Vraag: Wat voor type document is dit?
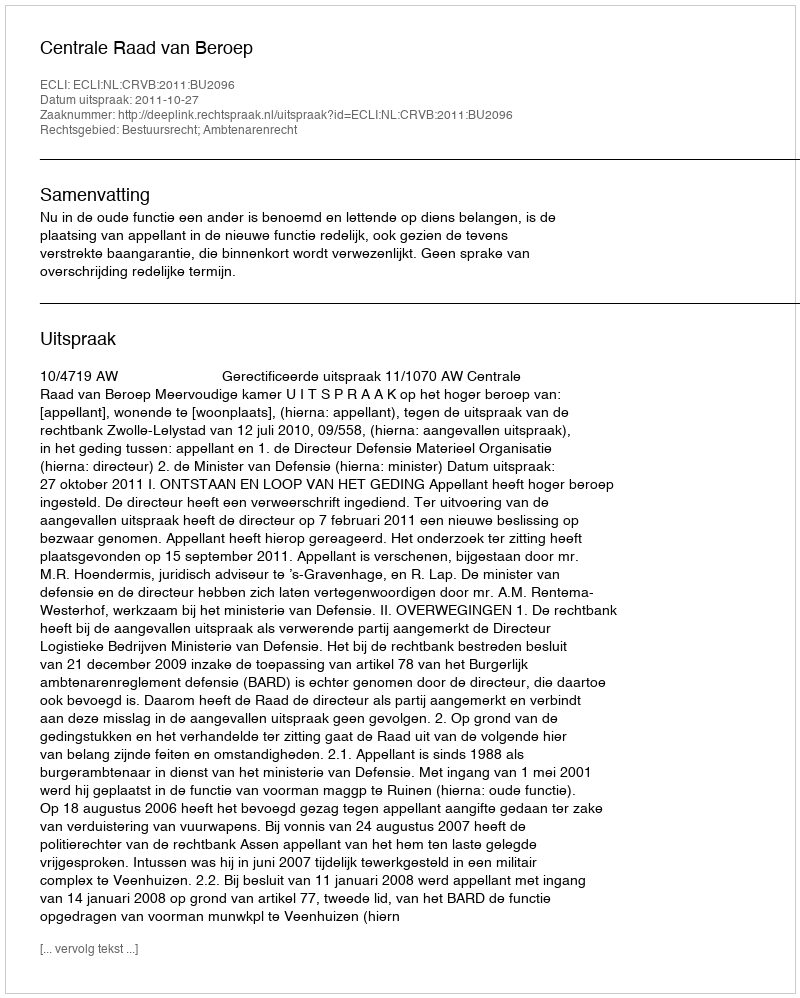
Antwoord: Uitspraak